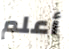
أعلم